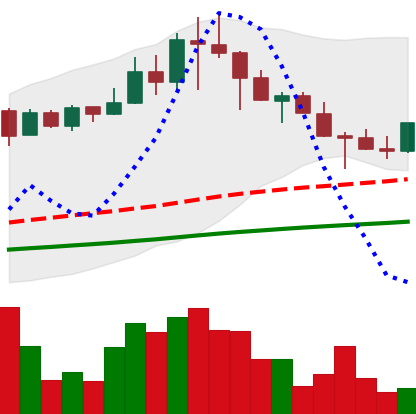
Ticker: TRX-USD
Chart end date: 2021-04-26
Forward return: 11.776%
Label: up_7plus